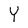
Character: Y